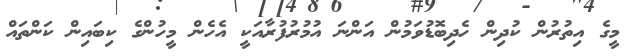
މީގެ އިތުރުން ކުދިން ހެދިބޮޑުވަމުން އަންނަ އުމުރުފުރާއަކީ އެހެން މީހުންގެ ކިބައިން ކަންތައް